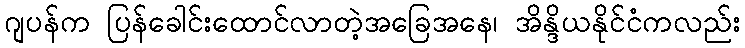
ဂျပန်က ပြန်ခေါင်းထောင်လာတဲ့အခြေအနေ၊ အိန္ဒိယနိုင်ငံကလည်း